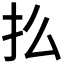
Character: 𢩻